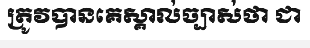
ត្រូវបានគេស្គាល់ច្បាស់ថា ជា